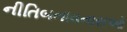
નીતિબનાવનારાઓ